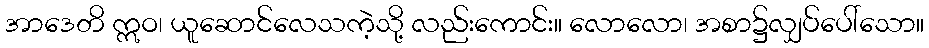
အာဒေတိ ဣဝ၊ ယူဆောင်လေသကဲ့သို့ လည်းကောင်း။ လောလော၊ အစာ၌လျှပ်ပေါ်သော။